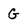
Character: G